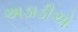
અડાડીએ